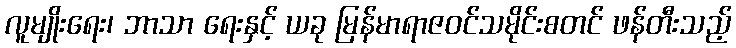
လူမျိုးရေး၊ ဘာသာ ရေးနှင့် ယခု မြန်မာရာဇဝင်သမိုင်းစတင် ဖန်တီးသည့်